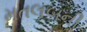
મતલબની